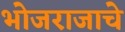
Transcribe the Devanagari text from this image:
भोजराजाचे